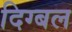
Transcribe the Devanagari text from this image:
दिग्बल